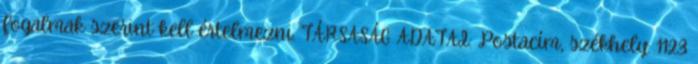
fogalmak szerint kell értelmezni. TÁRSASÁG ADATAI: Postacím, székhely: 1123